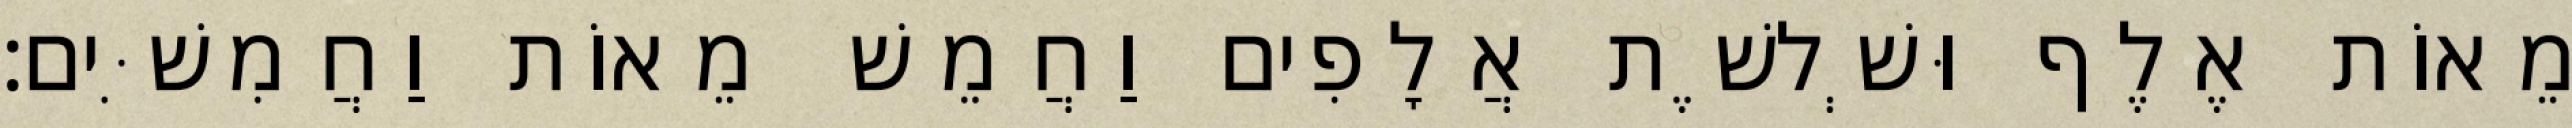
מֵאוֹת אֶלֶף וּשְׁלשֶׁת אֲלָפִים וַחֲמֵשׁ מֵאוֹת וַחֲמִשִּׁים׃